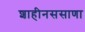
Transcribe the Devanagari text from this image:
शाहीनससाणा